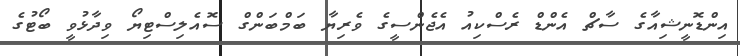
އިންޑޮނީޝިއާގެ ސާޗް އެންޑް ރެސްކިއު އެޖެންސީގެ ވެރިޔާ ބަމްބަންގް ސޮއެލިސްޓިޔޯ ވިދާޅުވީ ބޯޓުގެ